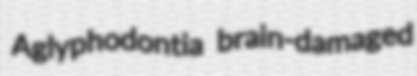
Aglyphodontia brain-damaged